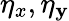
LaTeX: \eta_{x},\eta_{\mathbf{y}}